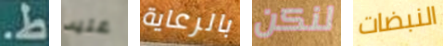
ط. عليه بالرعاية لنكن النبضات